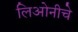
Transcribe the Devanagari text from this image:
लिओनीचे